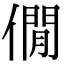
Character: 僩